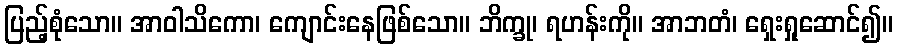
ပြည့်စုံသော။ အာဝါသိကော၊ ကျောင်းနေဖြစ်သော။ ဘိက္ခု၊ ရဟန်းကို။ အာဘတံ၊ ရှေးရှုဆောင်၍။